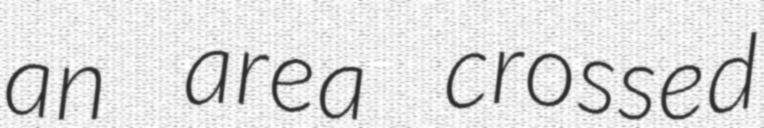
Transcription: an area crossed